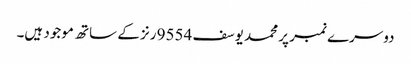
دوسرے نمبر پر محمد یوسف 9554 رنز کے ساتھ موجود ہیں۔